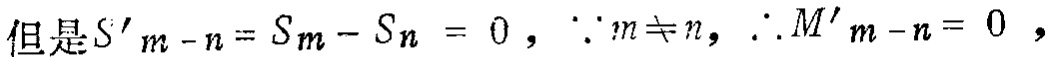
但是$S'_{m - n}=S_m - S_n = 0$，$\because m\neq n$，$\therefore M'_{m - n}= 0$，